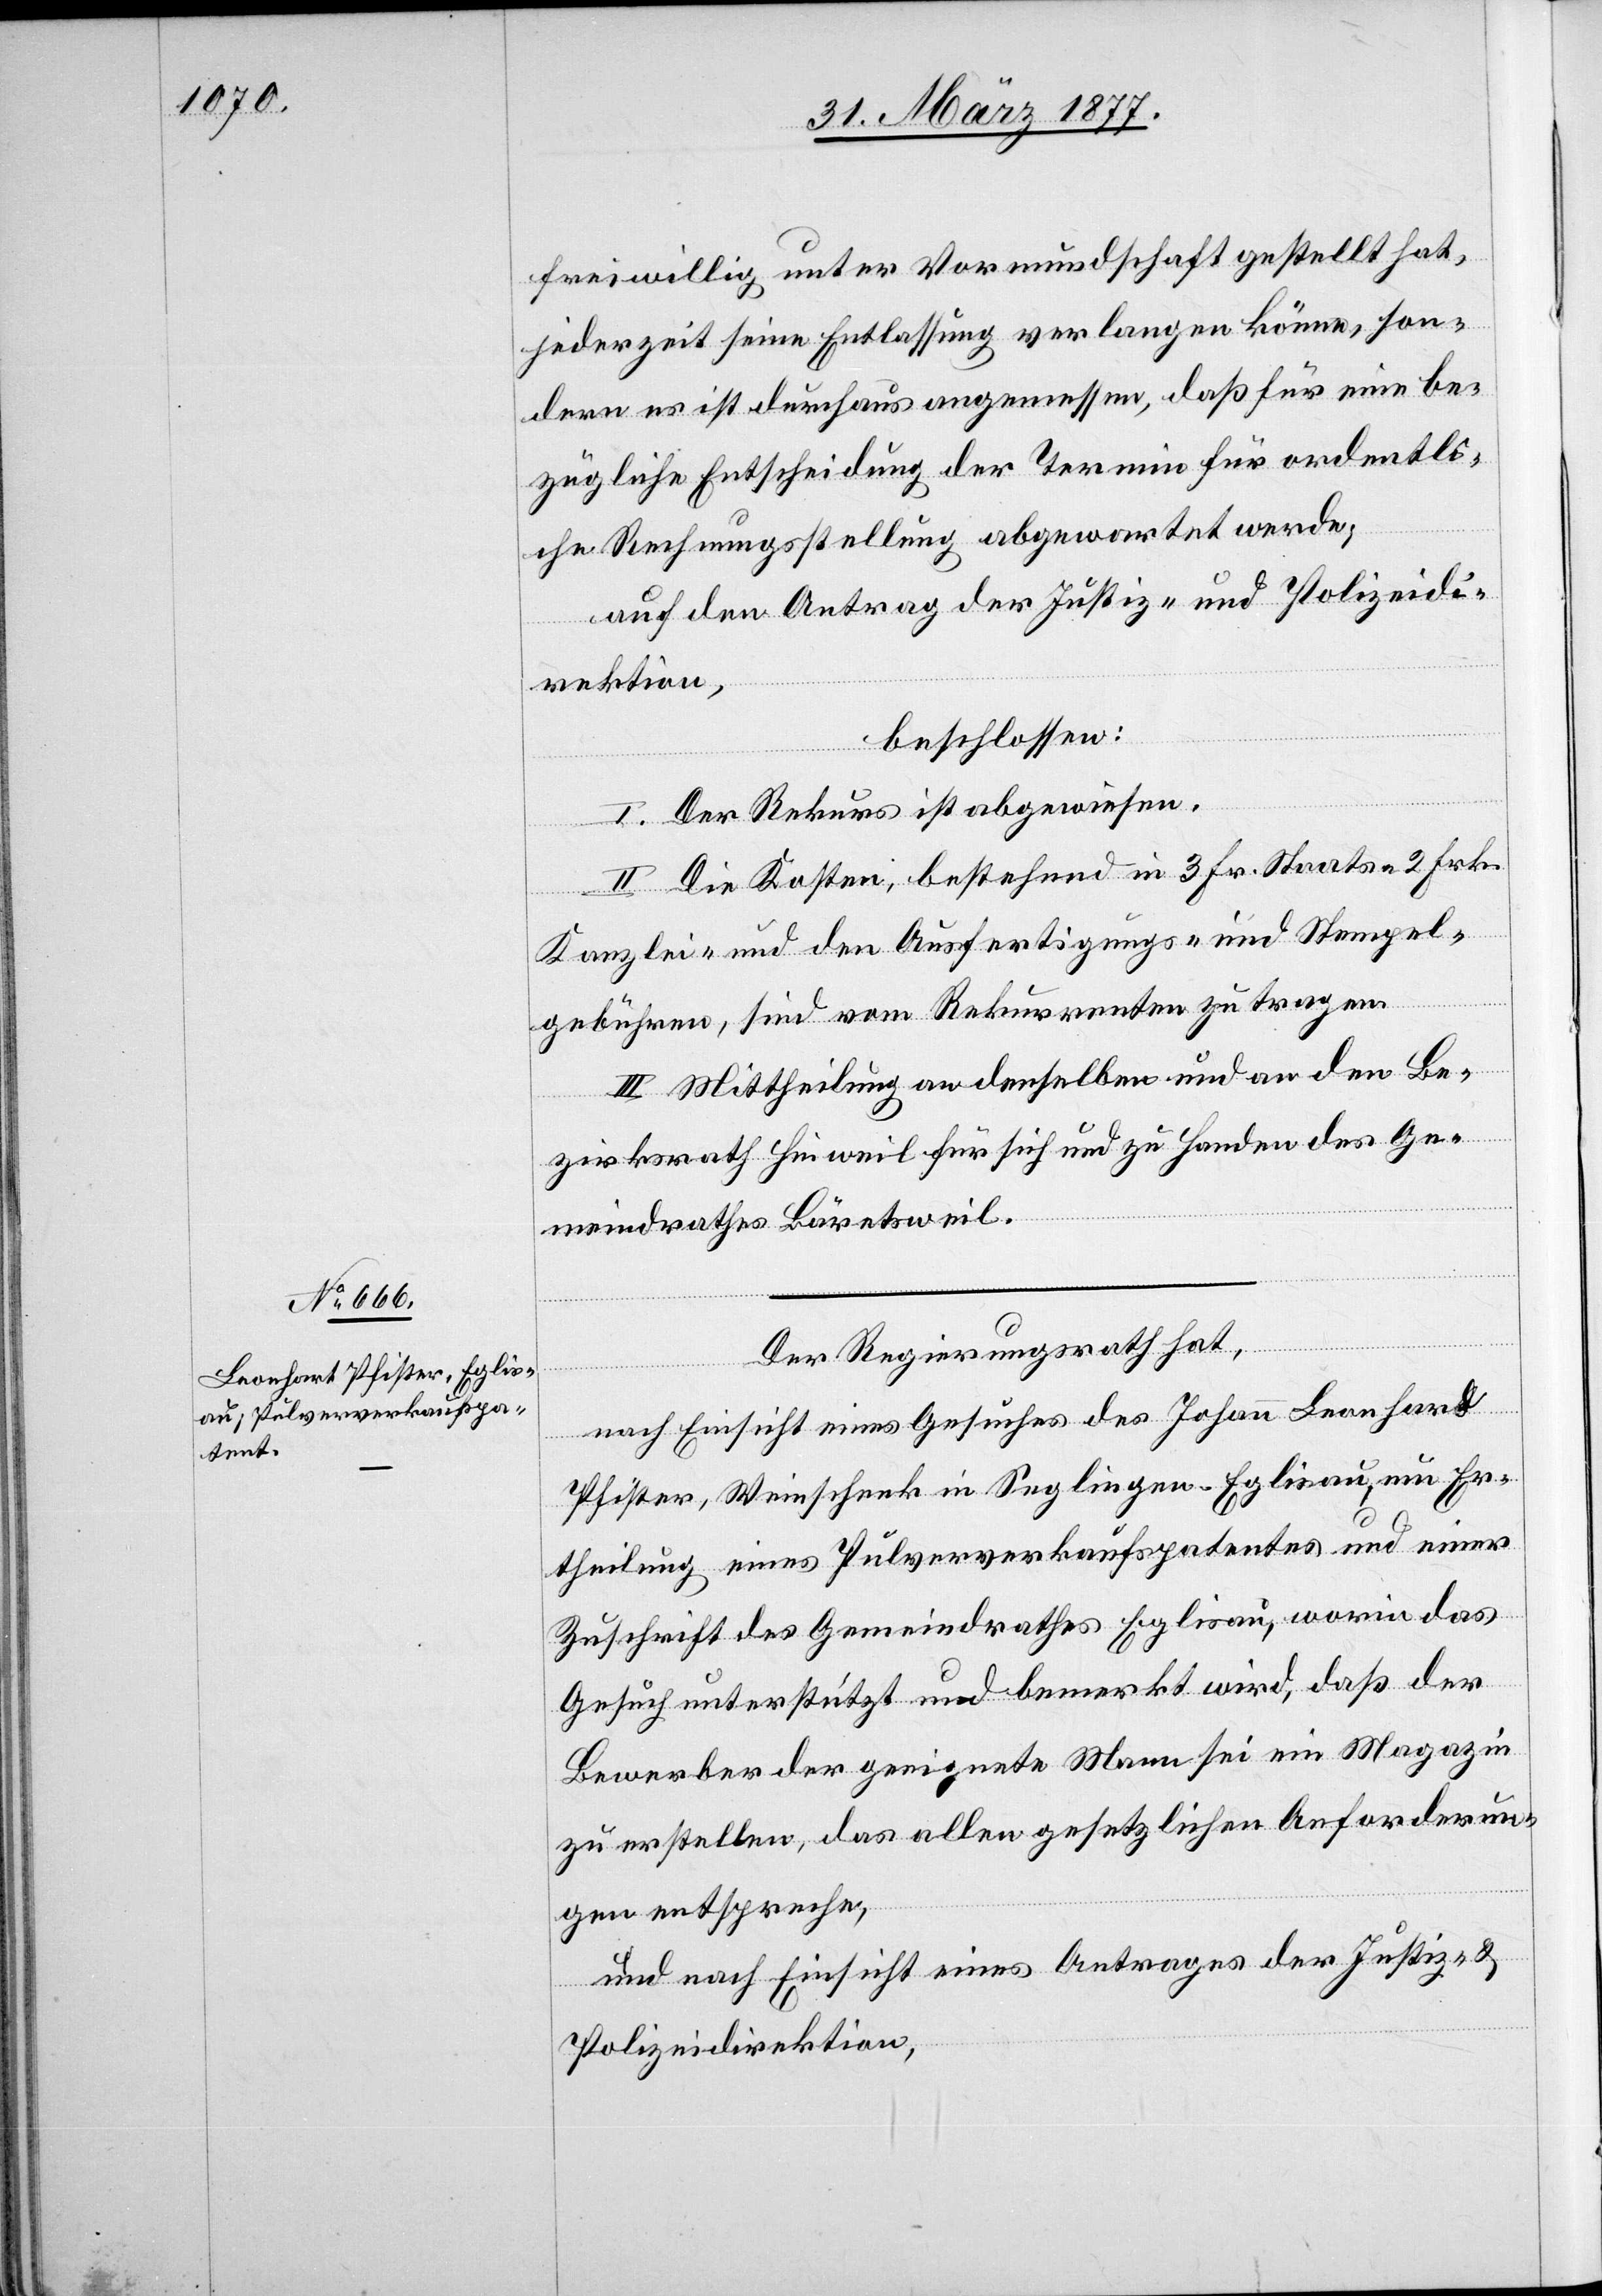
freiwillig unter Vormundschaft gestellt hat,
jederzeit seine Entlassung verlangen könne, son¬
dern es ist durchaus angemessen, daß für eine be¬
zügliche Entscheidung der Termin für ordentli¬
che Rechnungsstellung abgewartet werde;
auf den Antrag der Justiz- und Polizeidi¬
rektion,
beschlossen:
I. Der Rekurs ist abgewiesen.
II. Die Kosten, bestehend in 3 Fr. Staats- 2 Frk.
Kanzlei- und den Ausfertigungs- und Stempel¬
gebühren, sind vom Rekurrenten zu tragen.
III. Mittheilung an denselben und an den Be¬
zirksrath Hinweil für sich und zu Handen des Ge¬
meindrathes Bärentsweil.
Der Regierungsrath hat,
nach Einsicht eines Gesuches des Johann Leonhard
Pfister, Weinschenk in Seglingen - Eglisau, um Er¬
theilung eines Pulververkaufspatentes und einer
Zuschrift des Gemeindrathes Eglisau, worin das
Gesuch unterstützt und bemerkt wird, daß der
Bewerber der geeignete Mann sei ein Magazin
zu erstellen, das allen gesetzlichen Anforderun¬
gen entspreche,
und nach Einsicht eines Antrages der Justiz- &
Polizeidirektion,